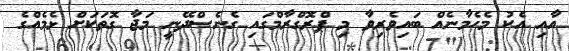
އާއި އެކު މެހެމާނެއް ބައިވެރިވާ މި ޕްރޮގްރާމްގައި ގެނެސްދޭނީ މަޖާ ގޮތަކަށް ޅެމެއްގެ